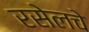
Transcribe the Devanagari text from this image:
रसेलचे